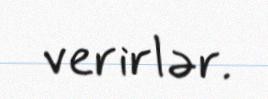
verirlər.